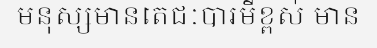
មនុស្សមានតេជៈបារមីខ្ពស់ មាន